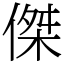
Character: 傑